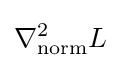
\nabla _{\mathrm {norm} }^{2}L